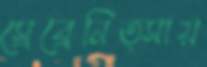
স্রেব্রেনিত্সায়